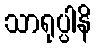
သာရုပ္ပါနိ